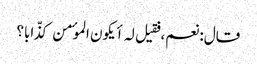
قال: نعم، فقیل لہ أیکون الموٴمن کذّابا؟